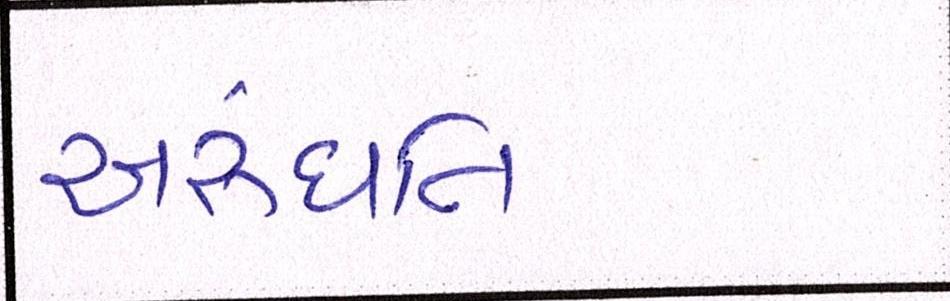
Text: અરુંધતિ